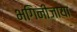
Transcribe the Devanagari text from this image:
भगिनीजाया